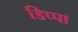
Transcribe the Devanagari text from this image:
डिप्पा